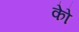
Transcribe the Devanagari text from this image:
कोे